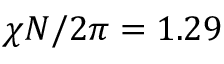
\chi N / 2 \pi = 1 . 2 9